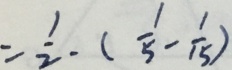
= \frac { 1 } { 2 } \cdot ( \frac { 1 } { 5 } - \frac { 1 } { 1 5 } )